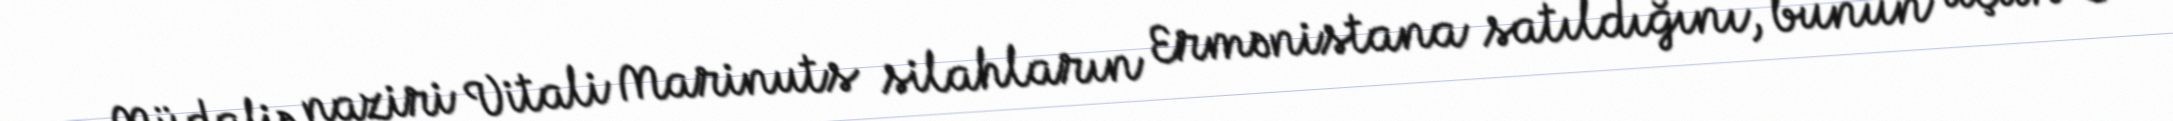
Müdafiə naziri Vitali Marinuts silahların Ermənistana satıldığını, bunun üçün 3